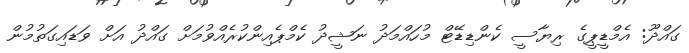
ގައްދޫ: އެމްޑީޕީގެ ރިޔާސީ ކެންޑިޑޭޓް މުހައްމަދު ނަޝީދު ކެމްޕެއިންކުރެއްވުމަށް ގައްދު އަށް ވަޑައިގަތުމުން